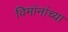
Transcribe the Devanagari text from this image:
विमांनांच्या